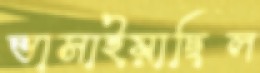
ভাসাইয়াছিল